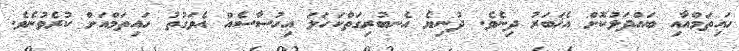
ހައިތަމްއާއި ބައްދަލުކޮށް އެޚަބަރު ދިނެވެ. ދުނިޔެ އެނބުރިގަތްކަހަލަ އިހުސާސެއް އެވަގުތު ހައިތަމްއަށް ކުރެވުނެވެ.